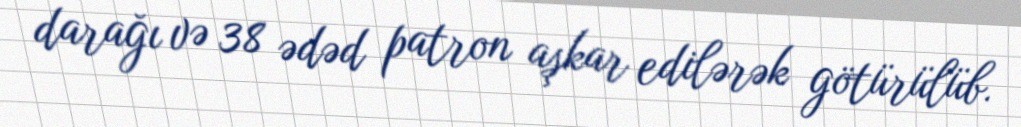
darağı və 38 ədəd patron aşkar edilərək götürülüb.